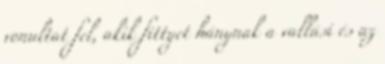
vonultat fel, akik fittyet hánynak a vallási és az